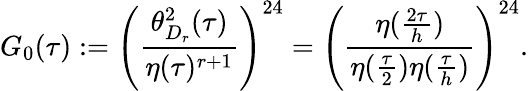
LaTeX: G_{0}(\tau):=\left(\frac{\theta_{D_{r}}^{2}(\tau)}{\eta(\tau)^{r+1}}\right)^{24}=\left(\frac{\eta(\frac{2\tau}{h})}{\eta(\frac{\tau}{2})\eta(\frac{\tau}{h})}\right)^{24}.